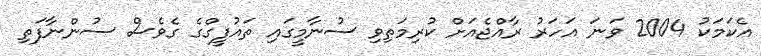
އެކަމަކު 2004 ވަނަ އަހަރު ރާއްޖެއަށް ކުރިމަތިވި ސުނާމީގައި ތައުފީގްގެ ގެވެސް ސުންނާފަތި